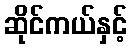
ဆိုင်ကယ်နှင့်